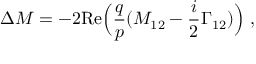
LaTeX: \Delta M = - 2 \mathrm { R e } \Big ( \frac { q } { p } ( M _ { 1 2 } - \frac { i } { 2 } \Gamma _ { 1 2 } ) \Big ) ~ ,